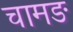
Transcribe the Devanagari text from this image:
चामङ